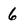
Character: 6